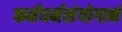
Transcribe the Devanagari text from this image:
कर्मधर्मसंयोगानं